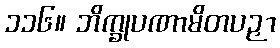
၁၁၆။ ဘိက္ခုပဏာမိတပဉှာ